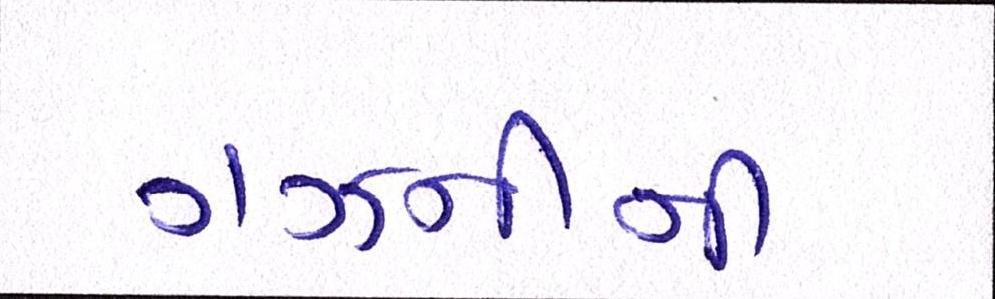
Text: ગઝનીની